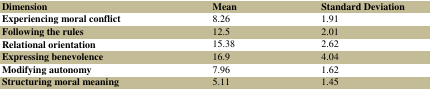
<table><thead><tr><td><b>Dimension</b></td><td><b>Mean</b></td><td><b>Standard Deviation</b></td></tr></thead><tbody><tr><td>Experiencing moral conflict</td><td>8.26</td><td>1.91</td></tr><tr><td>Following the rules</td><td>12.5</td><td>2.01</td></tr><tr><td>Relational orientation</td><td>15.38</td><td>2.62</td></tr><tr><td>Expressing benevolence</td><td>16.9</td><td>4.04</td></tr><tr><td>Modifying autonomy</td><td>7.96</td><td>1.62</td></tr><tr><td>Structuring moral meaning</td><td>5.11</td><td>1.45</td></tr></tbody></table>